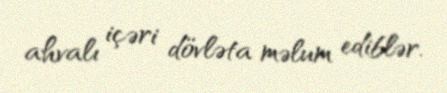
ahvalı içəri dövləta məlum ediblər.